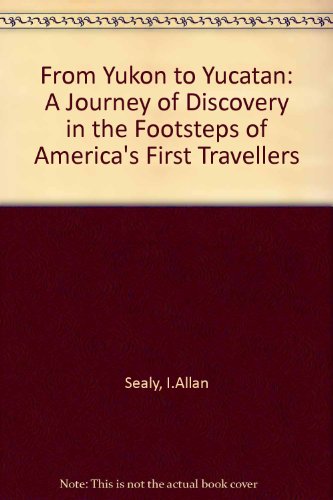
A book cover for From Yukon to Yucatan: A Journey of Discovery in the Footsteps of America's First Travellers; I.Allan Sealy; Travel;